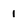
Character: 1